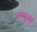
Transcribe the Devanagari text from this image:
अक्तबूर